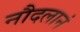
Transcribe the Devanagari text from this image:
नौदलानं